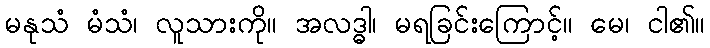
မနုသံ မံသံ၊ လူသားကို။ အလဒ္ဓါ၊ မရခြင်းကြောင့်။ မေ၊ ငါ၏။